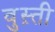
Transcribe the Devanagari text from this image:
वुस़्ती